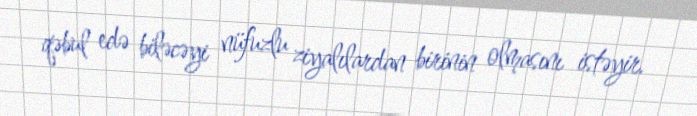
qəbul edə biləcəyi nüfuzlu ziyalılardan birinin olmasını istəyir.